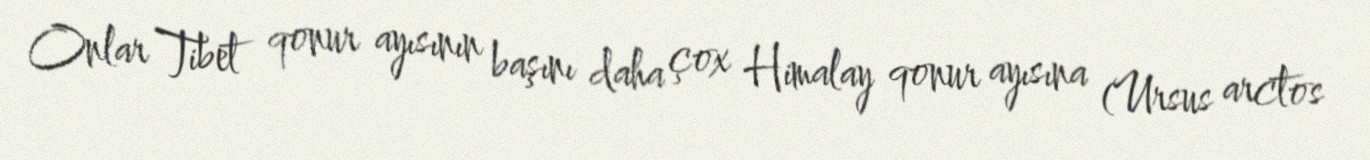
Onlar Tibet qonur ayısının başını daha çox Himalay qonur ayısına (Ursus arctos